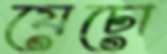
যেচো